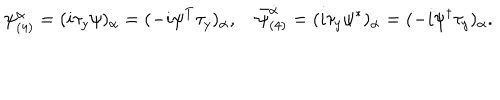
\psi _ { ( 4 ) } ^ { \alpha } = ( i \tau _ { y } \psi ) _ { \alpha } = ( - i \psi ^ { T } \tau _ { y } ) _ { \alpha } , \quad { \bar { \psi } } _ { ( 4 ) } ^ { \dot { \alpha } } = ( i \tau _ { y } \psi ^ { * } ) _ { \alpha } = ( - i \psi ^ { \dagger } \tau _ { y } ) _ { \alpha } .